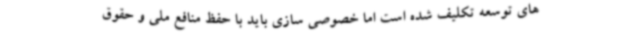
های توسعه تکلیف شده است اما خصوصی سازی باید با حفظ منافع ملی و حقوق